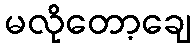
မလိုတော့ချေ